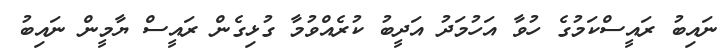
ނައިބު ރައީސްކަމުގެ ހުވާ އަހުމަދު އަދީބު ކުރެއްވުމާ ގުޅިގެން ރައީސް ޔާމީން ނައިބު